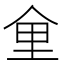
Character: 𪜽